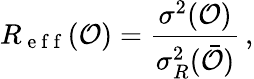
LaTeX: R_{\mathrm{~e~f~f~}}(\mathcal O)=\frac{\sigma^{2}(\mathcal{O})}{\sigma_{R}^{2}(\bar{\mathcal{O}})}\, ,